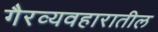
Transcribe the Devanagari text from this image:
गैरव्यवहारातील